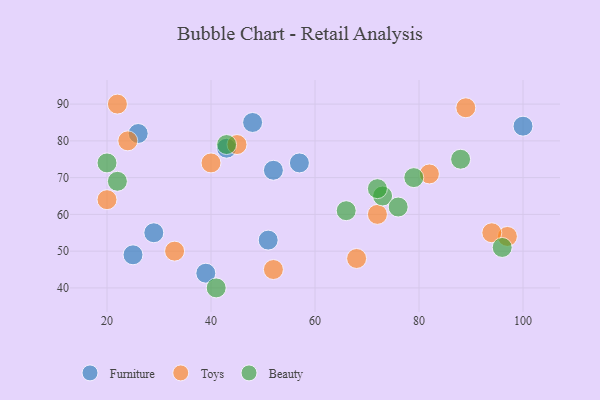
{"axis": {"x": "GDP", "y": "Life Expectancy"}, "legend": ["Beauty", "Furniture", "Toys"], "data": [{"x": "100", "y": 84, "type": "Furniture"}, {"x": "48", "y": 85, "type": "Furniture"}, {"x": "29", "y": 55, "type": "Furniture"}, {"x": "43", "y": 78, "type": "Furniture"}, {"x": "51", "y": 53, "type": "Furniture"}, {"x": "25", "y": 49, "type": "Furniture"}, {"x": "39", "y": 44, "type": "Furniture"}, {"x": "52", "y": 72, "type": "Furniture"}, {"x": "26", "y": 82, "type": "Furniture"}, {"x": "57", "y": 74, "type": "Furniture"}, {"x": "72", "y": 60, "type": "Toys"}, {"x": "68", "y": 48, "type": "Toys"}, {"x": "82", "y": 71, "type": "Toys"}, {"x": "24", "y": 80, "type": "Toys"}, {"x": "89", "y": 89, "type": "Toys"}, {"x": "20", "y": 64, "type": "Toys"}, {"x": "33", "y": 50, "type": "Toys"}, {"x": "52", "y": 45, "type": "Toys"}, {"x": "40", "y": 74, "type": "Toys"}, {"x": "22", "y": 90, "type": "Toys"}, {"x": "97", "y": 54, "type": "Toys"}, {"x": "45", "y": 79, "type": "Toys"}, {"x": "94", "y": 55, "type": "Toys"}, {"x": "96", "y": 51, "type": "Beauty"}, {"x": "20", "y": 74, "type": "Beauty"}, {"x": "73", "y": 65, "type": "Beauty"}, {"x": "88", "y": 75, "type": "Beauty"}, {"x": "41", "y": 40, "type": "Beauty"}, {"x": "43", "y": 79, "type": "Beauty"}, {"x": "66", "y": 61, "type": "Beauty"}, {"x": "76", "y": 62, "type": "Beauty"}, {"x": "22", "y": 69, "type": "Beauty"}, {"x": "72", "y": 67, "type": "Beauty"}, {"x": "79", "y": 70, "type": "Beauty"}]}